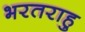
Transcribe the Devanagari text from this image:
भरतराहु